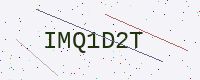
Text: IMQ1D2T